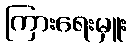
ကြားရေးမှူး